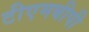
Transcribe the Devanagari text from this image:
टीएमबीपी